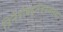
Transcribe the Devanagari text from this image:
त्रिनेत्रोबहुनेत्रश्यतथा